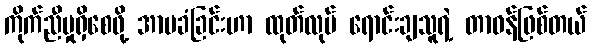
ကိုက်ညီမှုရှိစေဖို့ အာမခံခြင်းဟာ ထုတ်လုပ် ရောင်းချသူရဲ့ တာဝန်ဖြစ်တယ်